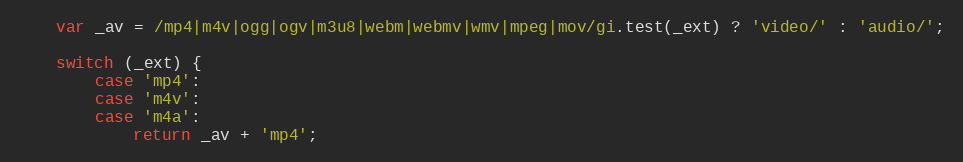
Language: JavaScript
	var _av = /mp4|m4v|ogg|ogv|m3u8|webm|webmv|wmv|mpeg|mov/gi.test(_ext) ? 'video/' : 'audio/';

	switch (_ext) {
		case 'mp4':
		case 'm4v':
		case 'm4a':
			return _av + 'mp4';